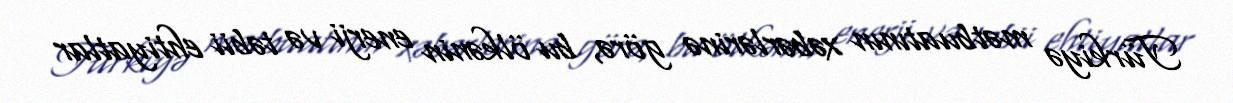
Türkiyə mətbuatının xəbərlərinə görə, bu ölkənin enerji və təbii ehtiyatlar